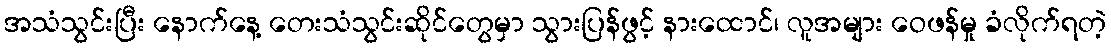
အသံသွင်းပြီး နောက်နေ့ တေးသံသွင်းဆိုင်တွေမှာ သွားပြန်ဖွင့် နားထောင်၊ လူအများ ဝေဖန်မှု ခံလိုက်ရတဲ့